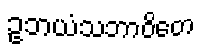
ဥဘယံသဘာဝိတေ